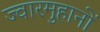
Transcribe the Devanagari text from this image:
ज्वारमुहानों